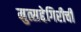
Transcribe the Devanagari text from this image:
मुत्सद्देगिरीची